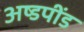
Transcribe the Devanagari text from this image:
अष्डपींड